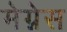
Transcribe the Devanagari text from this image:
मेग्नेस